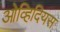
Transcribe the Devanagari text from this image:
ओव्हिदियस